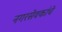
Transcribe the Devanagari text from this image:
नगरसेवकांचे